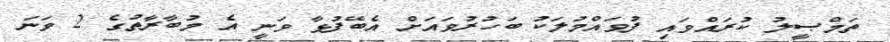
ތަމްޞީލު ކުރައްވައި ފުވައްމުލަކު ބަހުރުވައަށް އެބޭފުޅާ ވަނީ އެ މުބާރާތުގެ 2 ވަނަ